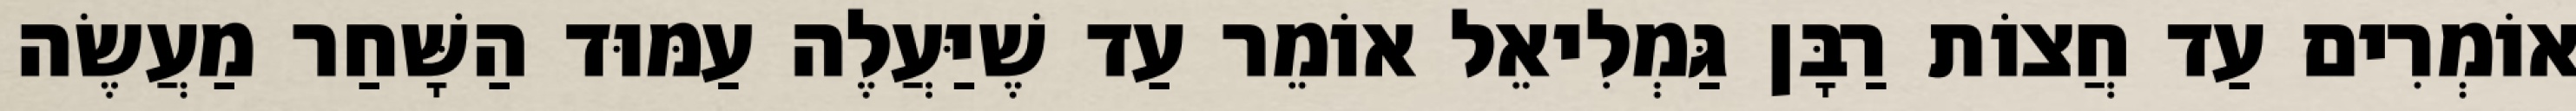
אוֹמְרִים עַד חֲצוֹת רַבָּן גַּמְלִיאֵל אוֹמֵר עַד שֶׁיַּעֲלֶה עַמּוּד הַשָּׁחַר מַעֲשֶׂה